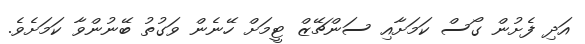
އަދި ފެށުން ގޯސް ކަމަށާއި ސަންޗޭޒް ޓީމަށް ހޭނެން ވަގުތު ބޭނުންވާ ކަމަށެވެ.